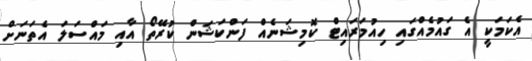
އެކަމަކީ އެ ގައުމެއްގައި ހިއުމަރައިޓް ކޮމިޝަނެއް ފަންކަޝަން ކުރޭތޯ އާއި މައްސަލަ އެތަނަށް